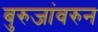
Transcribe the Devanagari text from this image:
बुरुजांवरुन